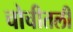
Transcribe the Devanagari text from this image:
चोचीतली